Vaccination report Assam 1874-1896 - 1874-1896
Year: 1874
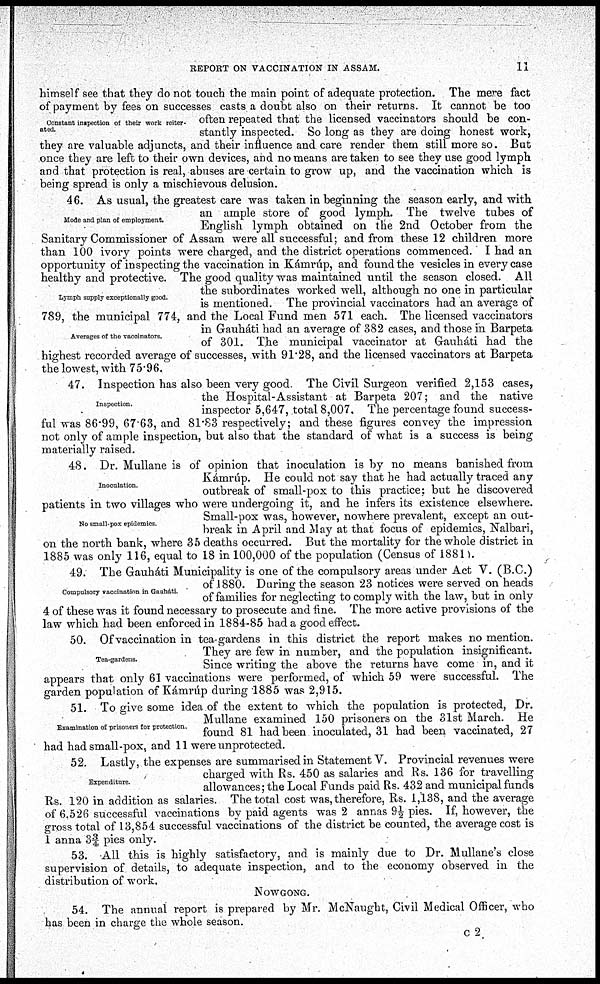
REPORT ON VACCINATION IN ASSAM.
11
Constant inspection of their work reiter-
ated.
himself see that they do not touch the main point of adequate protection. The mere fact
of payment by fees on successes casts a doubt also on their returns. It cannot be too
often repeated that the licensed vaccinators should be con-
stantly inspected. So long as they are doing honest work,
they are valuable adjuncts, and their influence and care render them still more so. But
once they are left to their own devices, and no means are taken to see they use good lymph
and that protection is real, abuses are certain to grow up, and the vaccination which is
being spread is only a mischievous delusion.
Mode and plan of employment.
Lymph supply exceptionally good.
Averages of the vaccinators.
46. As usual, the greatest care was taken in beginning the season early, and with
an ample store of good lymph. The twelve tubes of
English lymph obtained on the 2nd October from the
Sanitary Commissioner of Assam were all successful; and from these 12 children more
than 100 ivory points were charged, and the district operations commenced. I had an
opportunity of inspecting the vaccination in Kámrúp, and found the vesicles in every case
healthy and protective. The good quality was maintained until the season closed. All
the subordinates worked well, although no one in particular
is mentioned. The provincial vaccinators had an average of
789, the municipal 774, and the Local Fund men 571 each. The licensed vaccinators
in Gauháti had an average of 382 cases, and those in Barpeta
of 301. The municipal vaccinator at Gauháti had the
highest recorded average of successes, with 91.28, and the licensed vaccinators at Barpeta
the lowest, with 75.96.
Inspection.
47. Inspection has also been very good. The Civil Surgeon verified 2,153 cases,
the Hospital-Assistant at Barpeta 207; and the native
inspector 5,647, total 8,007. The percentage found success-
ful was 86.99, 67.63, and 81.83 respectively; and these figures convey the impression
not only of ample inspection, but also that the standard of what is a success is being
materially raised.
Inoculation
No small-pox epidemics.
48. Dr. Mullane is of opinion that inoculation is by no means banished from
Kámrúp. He could not say that he had actually traced any
outbreak of small-pox to this practice; but he discovered
patients in two villages who were undergoing it, and he infers its existence elsewhere.
Small-pox was, however, nowhere prevalent, except an out-
break in April and May at that focus of epidemics, Nalbari,
on the north bank, where 35 deaths occurred. But the mortality for the whole district in
1885 was only 116, equal to 18 in 100,000 of the population (Census of 1881).
Compulsory vaccination in Gauháti.
49. The Gauháti Municipality is one of the compulsory areas under Act V. (B.C.)
of 1880. During the season 23 notices were served on heads
of families for neglecting to comply with the law, but in only
4 of these was it found necessary to prosecute and fine. The more active provisions of the
law which had been enforced in 1884-85 had a good effect.
Tea-gardens.
50. Of vaccination in tea-gardens in this district the report makes no mention.
They are few in number, and the population insignificant.
Since writing the above the returns have come in, and it
appears that only 61 vaccinations were performed, of which 59 were successful. The
garden population of Kámrúp during 1885 was 2,915.
Examination of prisoners for protection.
51. To give some idea of the extent to which the population is protected, Dr.
Mullane examined 150 prisoners on the 31st March. He
found 81 had been inoculated, 31 had been vaccinated, 27
had had small-pox, and 11 were unprotected.
Expenditure.
52. Lastly, the expenses are summarised in Statement V. Provincial revenues were
charged with Rs. 450 as salaries and Rs. 136 for travelling
allowances; the Local Funds paid Rs. 432 and municipal funds
Rs. 120 in addition as salaries. The total cost was, therefore, Rs. 1,138, and the average
of 6.526 successful vaccinations by paid agents was 2 annas 9½ pies. If, however, the
gross total of 13,854 successful vaccinations of the district be counted, the average cost is
1 anna 3¾ pies only.
53. All this is highly satisfactory, and is mainly due to Dr. Mullane's close
supervision of details, to adequate inspection, and to the economy observed in the
distribution of work.
NOWGONG.
54. The annual report is prepared by Mr. McNaught, Civil Medical Officer, who
has been in charge the whole season.
c2